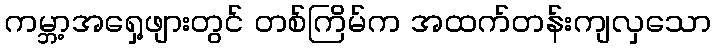
ကမ္ဘာ့အရှေ့ဖျားတွင် တစ်ကြိမ်က အထက်တန်းကျလှသော